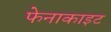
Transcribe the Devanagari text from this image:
फेनाकाइट